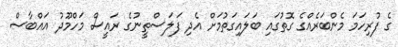
ގެ ފުރިހަމަ މެންބަރެއްގެ ގޮތުގައި ބަލައިގަތުމަށް އެދި ފަލަސްތީނުގެ ރައީސް މަހްމޫދު އައްބާސް